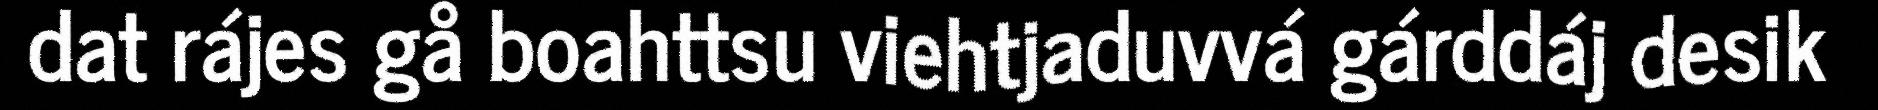
dat rájes gå boahttsu viehtjaduvvá gárddáj desik